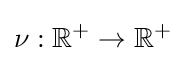
\nu :\mathbb {R} ^{+}\rightarrow \mathbb {R} ^{+}